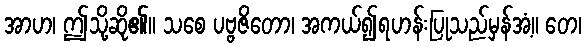
အာဟ၊ ဤသို့ဆို၏။ သစေ ပဗ္ဗဇိတော၊ အကယ်၍ရဟန်းပြုသည်မှန်အံ့။ တေ၊